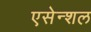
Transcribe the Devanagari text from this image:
एसेन्शल